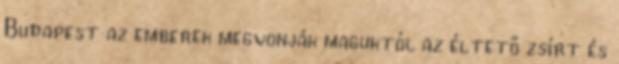
Budapest az emberek megvonják maguktól az éltető zsírt és